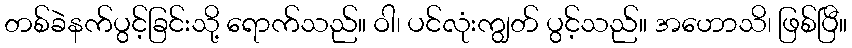
တစ်ခဲနက်ပွင့်ခြင်းသို့ ရောက်သည်။ ဝါ၊ ပင်လုံးကျွတ် ပွင့်သည်။ အဟောသိ၊ ဖြစ်ပြီ။